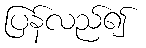
ပြန်လည်၍